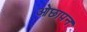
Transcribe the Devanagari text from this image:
ओछापन